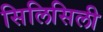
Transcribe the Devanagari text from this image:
सिलिसिली